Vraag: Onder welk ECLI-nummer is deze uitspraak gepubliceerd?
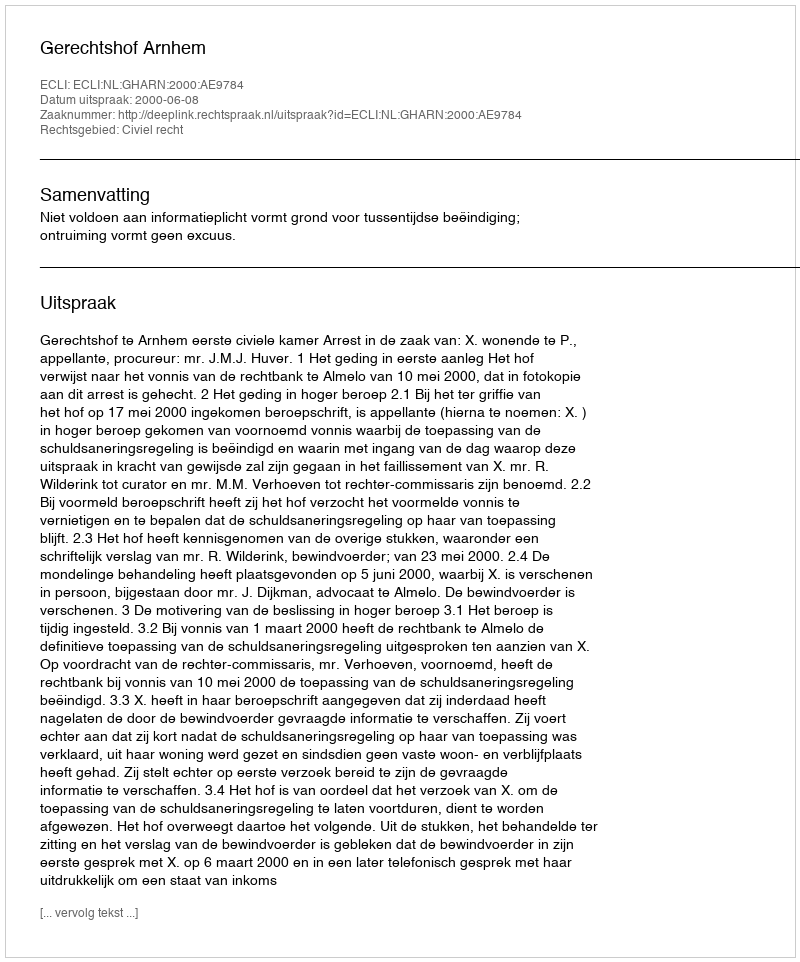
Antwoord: ECLI:NL:GHARN:2000:AE9784